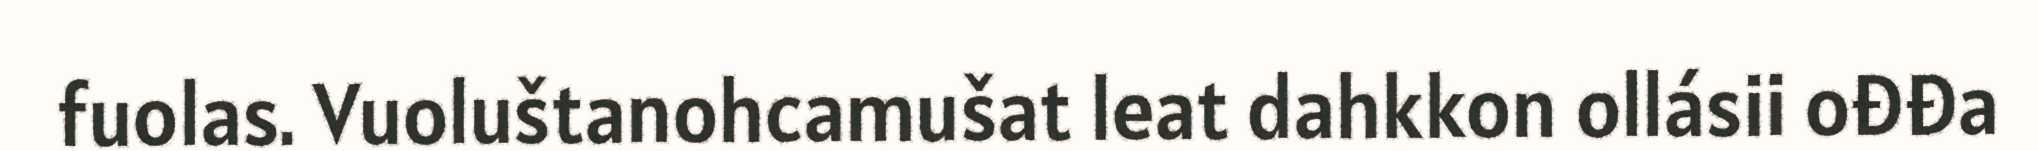
fuolas. Vuoluštanohcamušat leat dahkkon ollásii ođđa